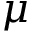
\mu